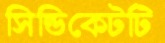
সিন্ডিকেটটি